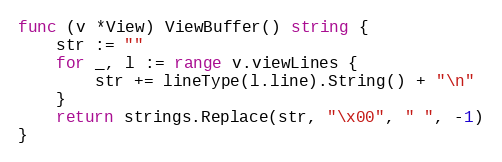
Language: Go
func (v *View) ViewBuffer() string {
	str := ""
	for _, l := range v.viewLines {
		str += lineType(l.line).String() + "\n"
	}
	return strings.Replace(str, "\x00", " ", -1)
}